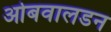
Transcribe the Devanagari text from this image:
ओबवालडन